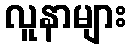
လူနာများ